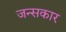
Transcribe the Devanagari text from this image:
जन्सकार